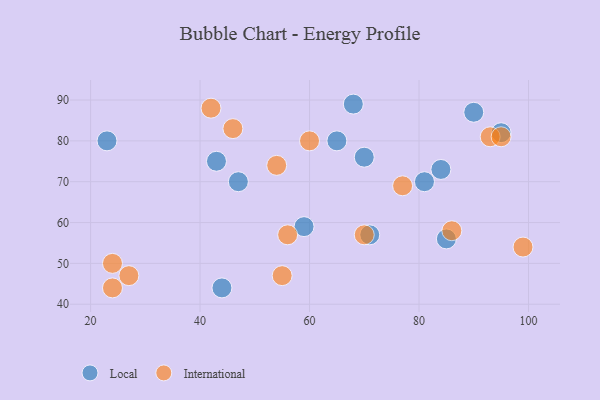
{"axis": {"x": "GDP", "y": "Life Expectancy"}, "legend": ["International", "Local"], "data": [{"x": "44", "y": 44, "type": "Local"}, {"x": "47", "y": 70, "type": "Local"}, {"x": "90", "y": 87, "type": "Local"}, {"x": "23", "y": 80, "type": "Local"}, {"x": "43", "y": 75, "type": "Local"}, {"x": "65", "y": 80, "type": "Local"}, {"x": "84", "y": 73, "type": "Local"}, {"x": "95", "y": 82, "type": "Local"}, {"x": "85", "y": 56, "type": "Local"}, {"x": "59", "y": 59, "type": "Local"}, {"x": "81", "y": 70, "type": "Local"}, {"x": "68", "y": 89, "type": "Local"}, {"x": "71", "y": 57, "type": "Local"}, {"x": "70", "y": 76, "type": "Local"}, {"x": "56", "y": 57, "type": "International"}, {"x": "27", "y": 47, "type": "International"}, {"x": "93", "y": 81, "type": "International"}, {"x": "42", "y": 88, "type": "International"}, {"x": "24", "y": 50, "type": "International"}, {"x": "46", "y": 83, "type": "International"}, {"x": "54", "y": 74, "type": "International"}, {"x": "60", "y": 80, "type": "International"}, {"x": "99", "y": 54, "type": "International"}, {"x": "95", "y": 81, "type": "International"}, {"x": "55", "y": 47, "type": "International"}, {"x": "24", "y": 44, "type": "International"}, {"x": "77", "y": 69, "type": "International"}, {"x": "86", "y": 58, "type": "International"}, {"x": "70", "y": 57, "type": "International"}]}